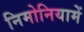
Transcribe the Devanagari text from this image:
निमोनियामें